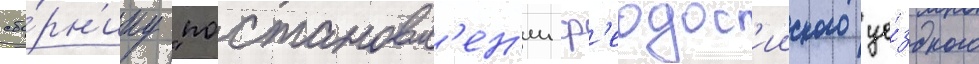
сбо́рн'ику "постановл'ен'ии ф'еодос'ииского уе́здного